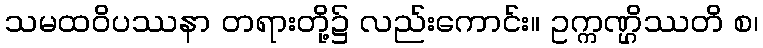
သမထဝိပဿနာ တရားတို့၌ လည်းကောင်း။ ဥက္ကဏ္ဌိဿတိ စ၊